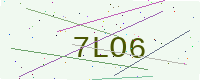
Text: 7LO6